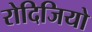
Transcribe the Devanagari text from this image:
रोदिजियो